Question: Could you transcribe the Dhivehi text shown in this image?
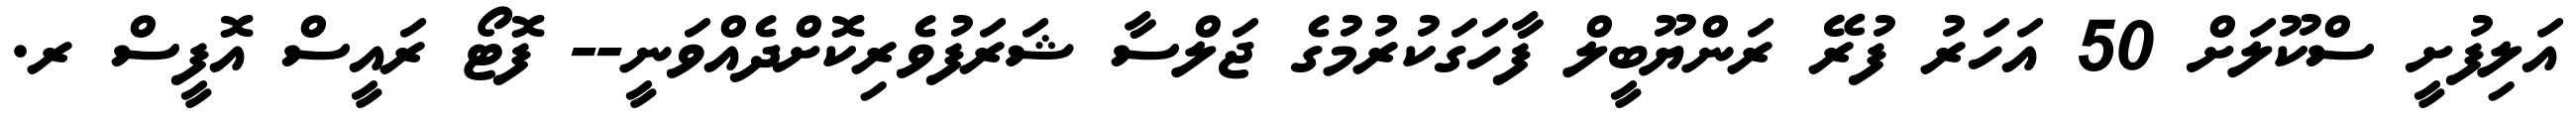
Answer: އަލިފުށީ ސްކޫލަށް 50 އަހަރު ފުރޭ ރަންޔޫބީލް ފާހަގަކުރުމުގެ ޖަލްސާ ޝަރަފުވެރިކޮށްދެއްވަނީ-- ފޮޓޯ ރައީސް އޮފީސް ރ.